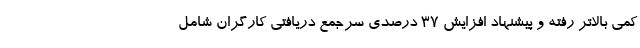
کمی بالاتر رفته و پیشنهاد افزایش ۳۷ درصدی سرجمع دریافتی کارگران شامل